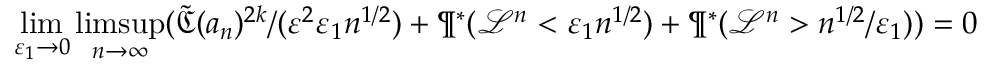
\operatorname* { l i m } _ { \varepsilon _ { 1 } \to 0 } \operatorname* { l i m s u p } _ { n \to \infty } ( \tilde { \mathfrak { C } } ( a _ { n } ) ^ { 2 k } / ( \varepsilon ^ { 2 } \varepsilon _ { 1 } n ^ { 1 / 2 } ) + \P ^ { * } ( \mathcal { L } ^ { n } < \varepsilon _ { 1 } n ^ { 1 / 2 } ) + \P ^ { * } ( \mathcal { L } ^ { n } > n ^ { 1 / 2 } / \varepsilon _ { 1 } ) ) = 0